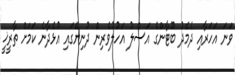
ވަނަ އަހަރާއި ދެމެދު ބޫޓާންގެ އަސްލު އަހުލުވެރިން ދުނިޔޭގައި އުޅެދާނެ ކަމަށް ތާރީޚީ